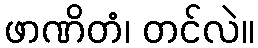
ဖာဏိတံ၊ တင်လဲ။